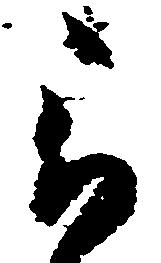
被